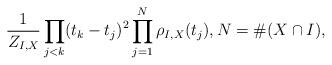
LaTeX: \begin{align*} \frac{1}{Z_{I,X}} \prod_{j<k} (t_k-t_j)^2 \prod_{j=1}^N \rho_{I,X}(t_j),N = \#(X \cap I), \end{align*}